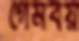
গেমবয়